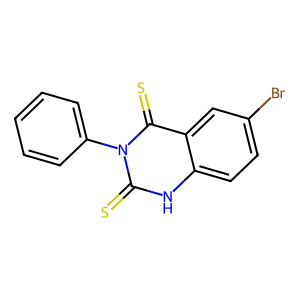
SMILES: S=c1[nH]c2ccc(Br)cc2c(=S)n1-c1ccccc1
Inhibits HIV replication: No